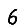
Digit: 6